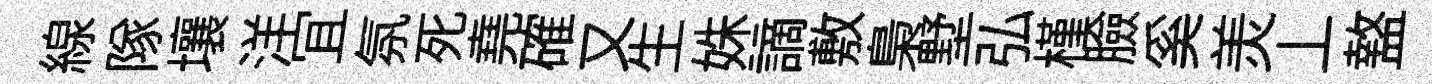
線隊壤洋冝氛死堯確又生姝謫敷梟墅弘槿臉奚羙丄盩